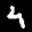
Label: 4